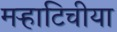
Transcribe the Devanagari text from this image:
मऱ्हाटिचीया